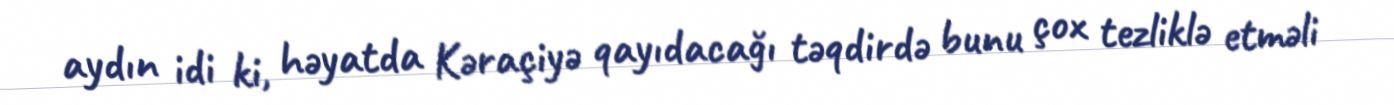
aydın idi ki, həyatda Kəraçiyə qayıdacağı təqdirdə bunu çox tezliklə etməli